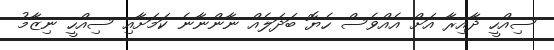
ސިއްހީ ދާއިރާ އަށް އެއްވެސް ހެޔޮ ބަދަލެއް ނާންނާނެ ކަމަށާއި ސިއްހީ ނިޒާމު